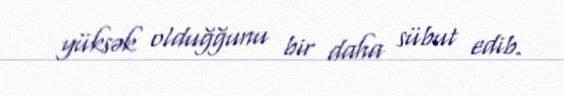
yüksək olduğğunu bir daha sübut edib.